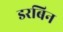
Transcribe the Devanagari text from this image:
डरबिन